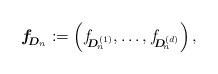
LaTeX: \begin{align*}\boldsymbol{f}_{\!\! \boldsymbol{D}_n} := \left( f_{\!\! \boldsymbol{D}_{\!n}^{(1)}}, \ldots, f_{\!\! \boldsymbol{D}_{\!n}^{(d)}} \right),\end{align*}